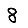
Digit: 8